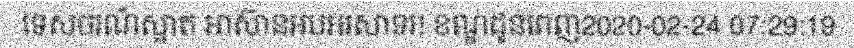
ទេសចរណ៍ស្អាត អាស៊ានអបអរសាទរ! ខណ្ឌដូនពេញ2020-02-24 07:29:19